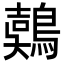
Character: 𪃇